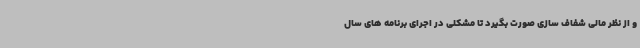
و از نظر مالی شفاف سازی صورت بگیرد تا مشکلی در اجرای برنامه های سال